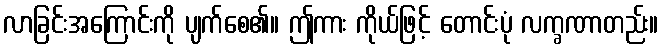
လာခြင်းအကြောင်းကို ပျက်စေ၏။ ဤကား ကိုယ်ဖြင့် တောင်းပုံ လက္ခဏာတည်း။